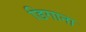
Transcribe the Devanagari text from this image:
डिगाना